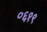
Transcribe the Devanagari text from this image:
०६१९